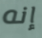
إنه